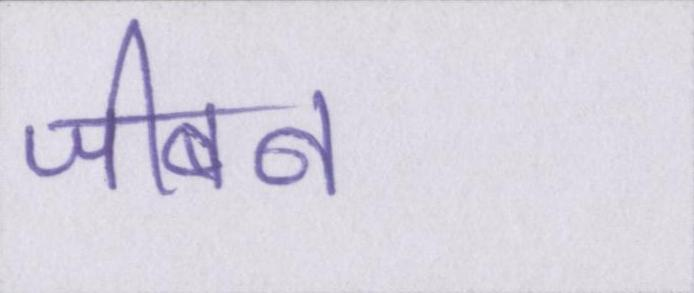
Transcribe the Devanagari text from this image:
जीबन